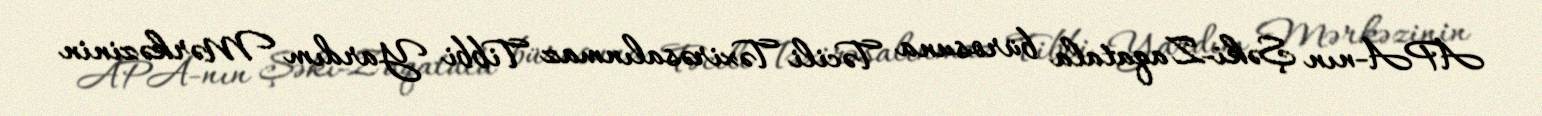
APA-nın Şəki-Zaqatala bürosuna Təcili Təxirəsalınmaz Tibbi Yardım Mərkəzinin